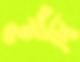
হদি